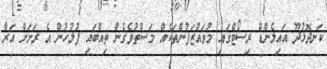
ކަނދޮޅުދޫ އައިލެންޑް ރިސޯޓްގައި މުވައްޒަފުންތަކެއް މަސްތުވެގެން ތިއްބައި ފުލުހުން އެ ރަށަށް އަރާ